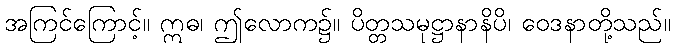
အကြင်ကြောင့်။ ဣဓ၊ ဤလောက၌။ ပိတ္တသမုဋ္ဌာနာနိပိ၊ ဝေဒနာတို့သည်။